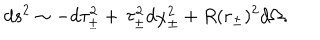
d s ^ { 2 } \sim - d \tau _ { \pm } ^ { 2 } + \, \tau _ { \pm } ^ { 2 } d \chi _ { \pm } ^ { 2 } + R ( r _ { \pm } ) ^ { 2 } d \Omega .